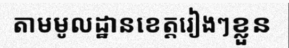
តាមមូលដ្ឋានខេត្តរៀងៗខ្លួន